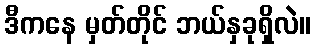
ဒီကနေ မှတ်တိုင် ဘယ်နှခုရှိလဲ။